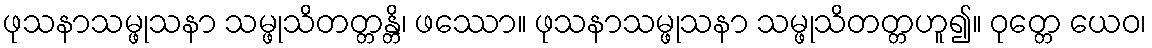
ဖုသနာသမ္ဖုသနာ သမ္ဖုသိတတ္တန္တိ၊ ဖဿော။ ဖုသနာသမ္ဖုသနာ သမ္ဖုသိတတ္တဟူ၍။ ဝုတ္တေ ယေဝ၊